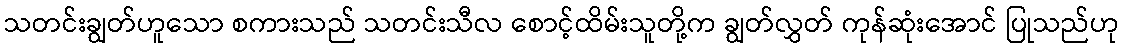
သတင်းချွတ်ဟူသော စကားသည် သတင်းသီလ စောင့်ထိမ်းသူတို့က ချွတ်လွှတ် ကုန်ဆုံးအောင် ပြုသည်ဟု